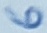
Text: 6